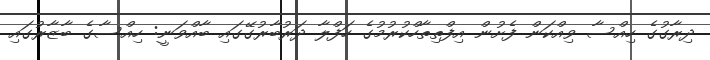
ދިރާގުގެ ހިއްސާ ވިއްކަން ފެށުން އިފްތިތާހްކުރުމުގެ ހަފްލާ ދަރުބާރުގޭގައި ބާއްވަނީ: ހިއްސާގެ ބާޒާރުގައި